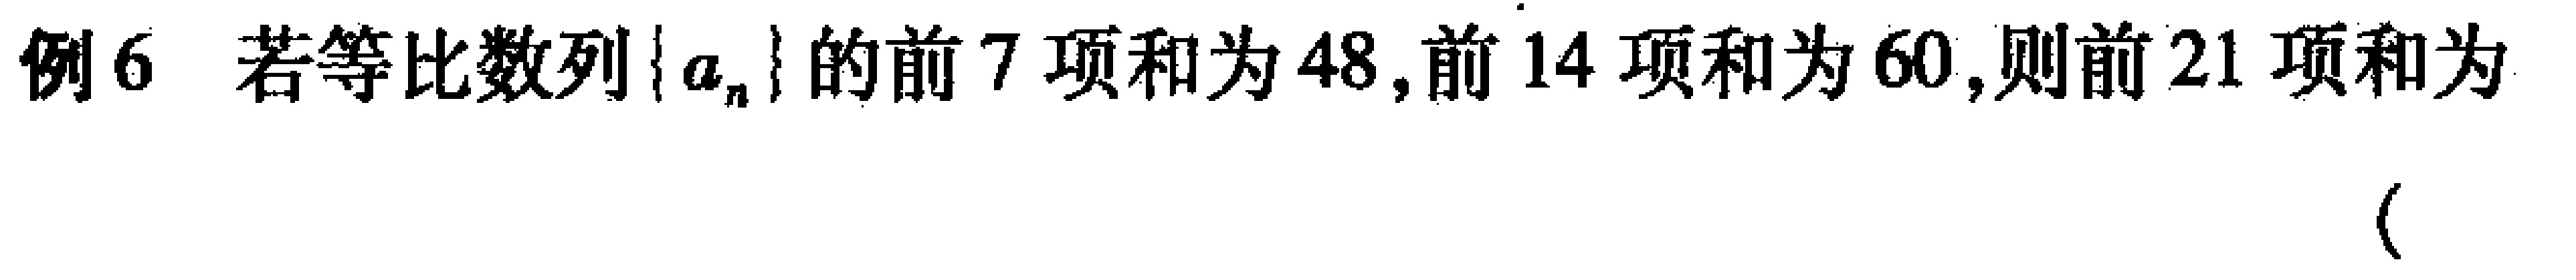
例6 若等比数列\(\{a_{n}\}\)的前\(7\)项和为\(48\),前\(14\)项和为\(60\),则前\(21\)项和为 （